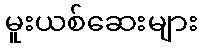
မူးယစ်ဆေးများ